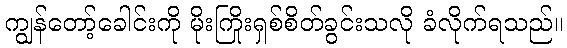
ကျွန်တော့်ခေါင်းကို မိုးကြိုးရှစ်စိတ်ခွင်းသလို ခံလိုက်ရသည်။